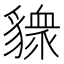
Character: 䝦